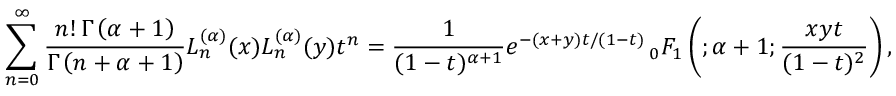
\sum _ { n = 0 } ^ { \infty } { \frac { n ! \, \Gamma \left( \alpha + 1 \right) } { \Gamma \left( n + \alpha + 1 \right) } } L _ { n } ^ { ( \alpha ) } ( x ) L _ { n } ^ { ( \alpha ) } ( y ) t ^ { n } = { \frac { 1 } { ( 1 - t ) ^ { \alpha + 1 } } } e ^ { - ( x + y ) t / ( 1 - t ) } \, _ { 0 } F _ { 1 } \left( ; \alpha + 1 ; { \frac { x y t } { ( 1 - t ) ^ { 2 } } } \right) ,